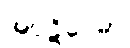
အပ္ပဋိဝေဓာ